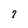
Character: 7